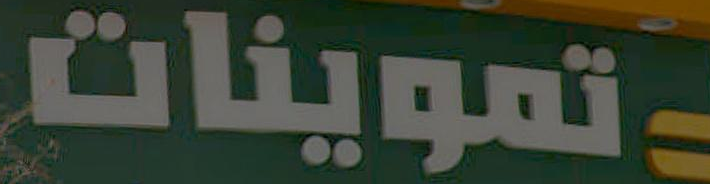
تنموينات